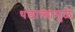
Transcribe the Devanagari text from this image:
थंडाव्यामुळे